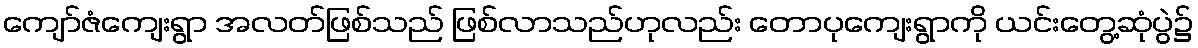
ကျော်ဇံကျေးရွာ အလတ်ဖြစ်သည် ဖြစ်လာသည်ဟုလည်း တောပုကျေးရွာကို ယင်းတွေ့ဆုံပွဲ၌